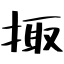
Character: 掫